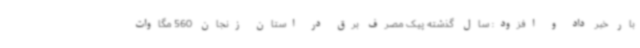
بار خبر داد و افزود: سال گذشته پیک مصرف برق در استان زنجان 560 مگاوات